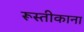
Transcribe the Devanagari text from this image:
रूस्तीकाना